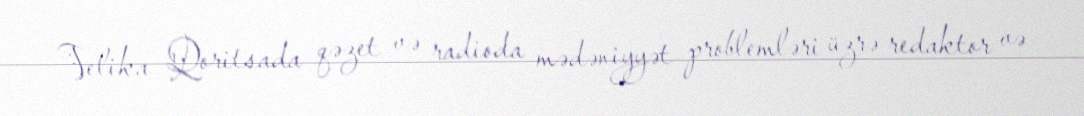
Velika Qoritsada qəzet və radioda mədəniyyət problemləri üzrə redaktor və